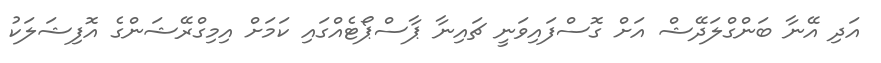
އަދި އޭނާ ބަންގްލަދޭޝް އަށް ގޮސްފައިވަނީ ޗައިނާ ޕާސްޕޯޓެއްގައި ކަމަށް އިމިގްރޭޝަންގެ އޮފިޝަލަކު